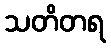
သတိတရ